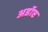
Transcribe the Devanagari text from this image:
अडॉप्ट